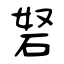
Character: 砮